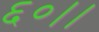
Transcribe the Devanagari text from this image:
६०।।